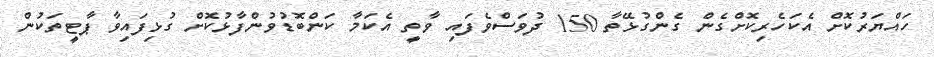
ހައްޔަރުކޮށް އެކަހެރިކޮށްގެން ގެންގުޅޭތާ 150 ދުވަސްވެފައި ވާތީ އެކަމާ ކަންބޮޑުވުންފާޅުކޮށް ގުޅިފައިވާ ޕާޓީތަކުން